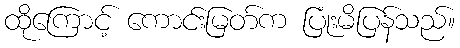
ထိုကြောင့် ကောင်းမြတ်က ပြုံးမိပြန်သည်။